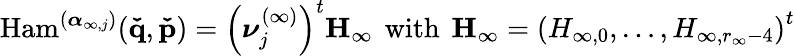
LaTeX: \mathrm{Ham}^{(\boldsymbol{\alpha}_{\infty,j})}(\mathbf{\check{q}},\mathbf{\check{p}})=\left(\boldsymbol{\nu}_{j}^{(\infty)}\right)^{t}\mathbf{H_{\infty}}\, \mathrm{~with~}\, \mathbf{H_{\infty}}=\left(H_{\infty,0},\dots,H_{\infty,r_{\infty}-4}\right)^{t}